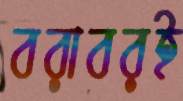
বরাবরই